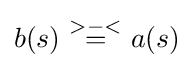
b(s)~{\overset {>-<}{=}}~a(s)